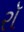
રૉ